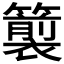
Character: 𮆵